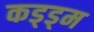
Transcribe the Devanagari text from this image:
कड्ड्म